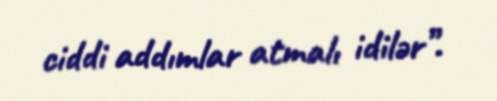
ciddi addımlar atmalı idilər”.